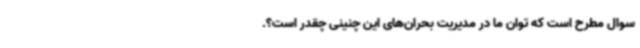
سوال مطرح است که توان ما در مدیریت بحران‌های این چنینی چقدر است؟.